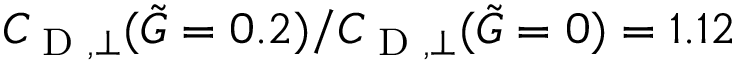
C _ { \textup { D } , \perp } ( \tilde { G } = 0 . 2 ) / C _ { \textup { D } , \perp } ( \tilde { G } = 0 ) = 1 . 1 2